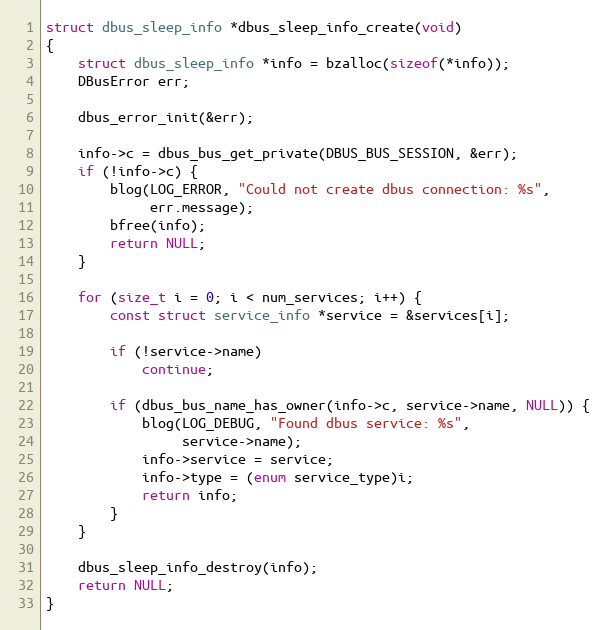
Language: C
struct dbus_sleep_info *dbus_sleep_info_create(void)
{
	struct dbus_sleep_info *info = bzalloc(sizeof(*info));
	DBusError err;

	dbus_error_init(&err);

	info->c = dbus_bus_get_private(DBUS_BUS_SESSION, &err);
	if (!info->c) {
		blog(LOG_ERROR, "Could not create dbus connection: %s",
		     err.message);
		bfree(info);
		return NULL;
	}

	for (size_t i = 0; i < num_services; i++) {
		const struct service_info *service = &services[i];

		if (!service->name)
			continue;

		if (dbus_bus_name_has_owner(info->c, service->name, NULL)) {
			blog(LOG_DEBUG, "Found dbus service: %s",
			     service->name);
			info->service = service;
			info->type = (enum service_type)i;
			return info;
		}
	}

	dbus_sleep_info_destroy(info);
	return NULL;
}